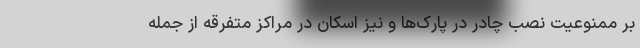
بر ممنوعیت نصب چادر در پارک‌ها و نیز اسکان در مراکز متفرقه از جمله